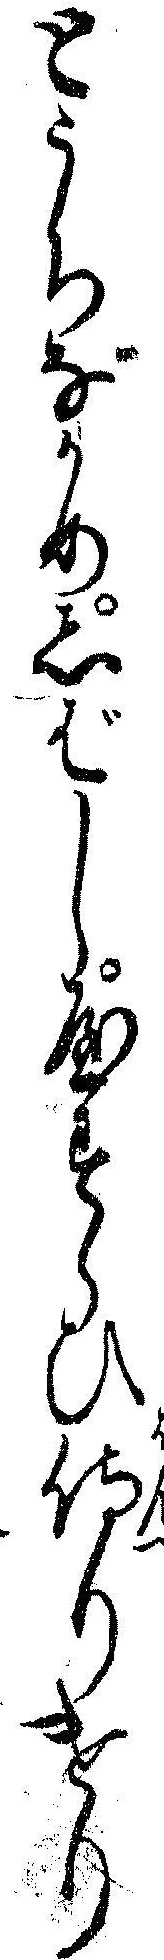
とうちなかめしばしやすらひ侍りけり